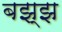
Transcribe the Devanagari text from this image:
बझ्झ